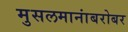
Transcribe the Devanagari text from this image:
मुसलमानांबरोबर